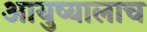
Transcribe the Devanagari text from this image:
आयुष्यालाच